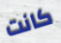
كانت